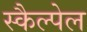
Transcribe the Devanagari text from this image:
स्कैल्पेल